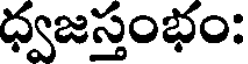
ధ్వజస్తంభం: